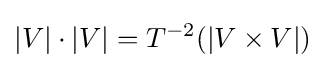
|V|\cdot |V|=T^{-2}(|V\times V|)